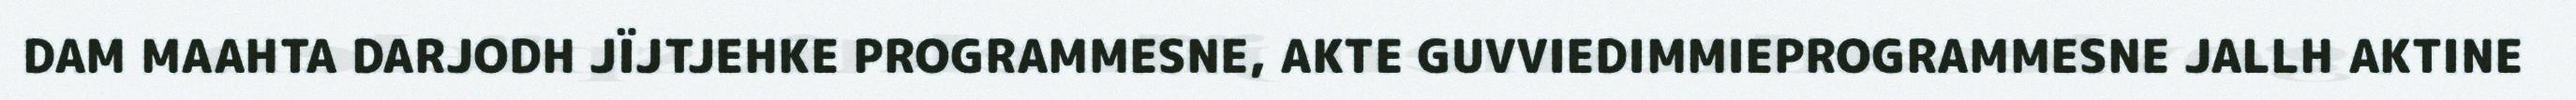
DAM MAAHTA DARJODH JÏJTJEHKE PROGRAMMESNE, AKTE GUVVIEDIMMIEPROGRAMMESNE JALLH AKTINE